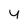
Character: y